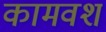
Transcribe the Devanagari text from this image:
कामवश